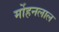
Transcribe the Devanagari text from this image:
र्मोहनलाल